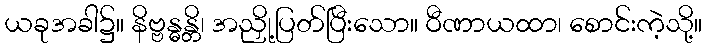
ယခုအခါ၌။ နိဗ္ဗန္ဓန္တိ၊ အညှို့ပြတ်ပြီးသော။ ဝီဏာယထာ၊ စောင်းကဲ့သို့။